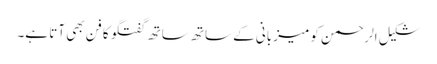
شکیل الرحمن کو میزبانی کے ساتھ ساتھ گفتگو کا فن بھی آتا ہے۔